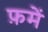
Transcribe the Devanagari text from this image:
फ़में